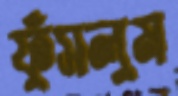
ফুঁসলুম